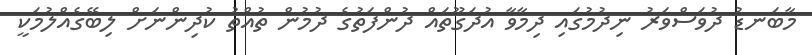
މާބަނޑު ދުވަސްވަރު ނިދުމުގައި ދިމާވާ އުދަގޫތައް ދުންފަތުގެ ދުމުން ތުއްތު ކުދިންނަށް ލިބޭގެއްލުމަކީ